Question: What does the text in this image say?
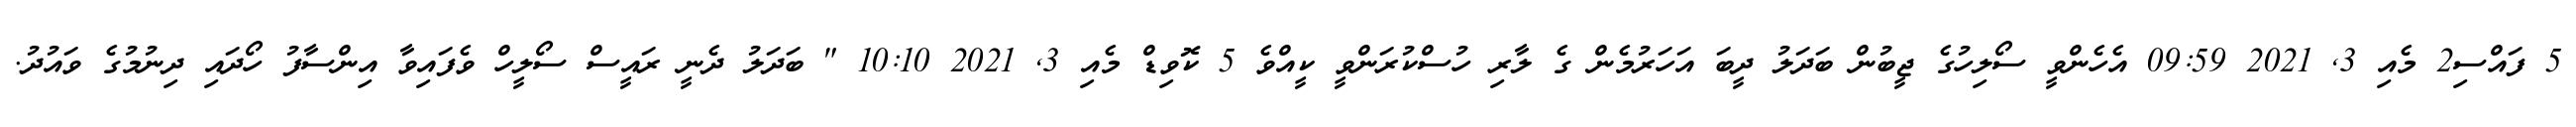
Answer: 5 ފައްސި2 މެއި 3, 2021 09:59 އެހެންވީ ސޯލިހުގެ ޖީބުން ބަދަލު ދީބަ އަހަރުމެން ގެ ލާރި ހުސްކުރަންވީ ކީއްވެ 5 ކޮވިޑް މެއި 3, 2021 10:10 " ބަދަލު ދެނީ ރައީސް ސޯލީހް ވެފައިވާ އިންސާފު ހޯދައި ދިނުމުގެ ވައުދު.